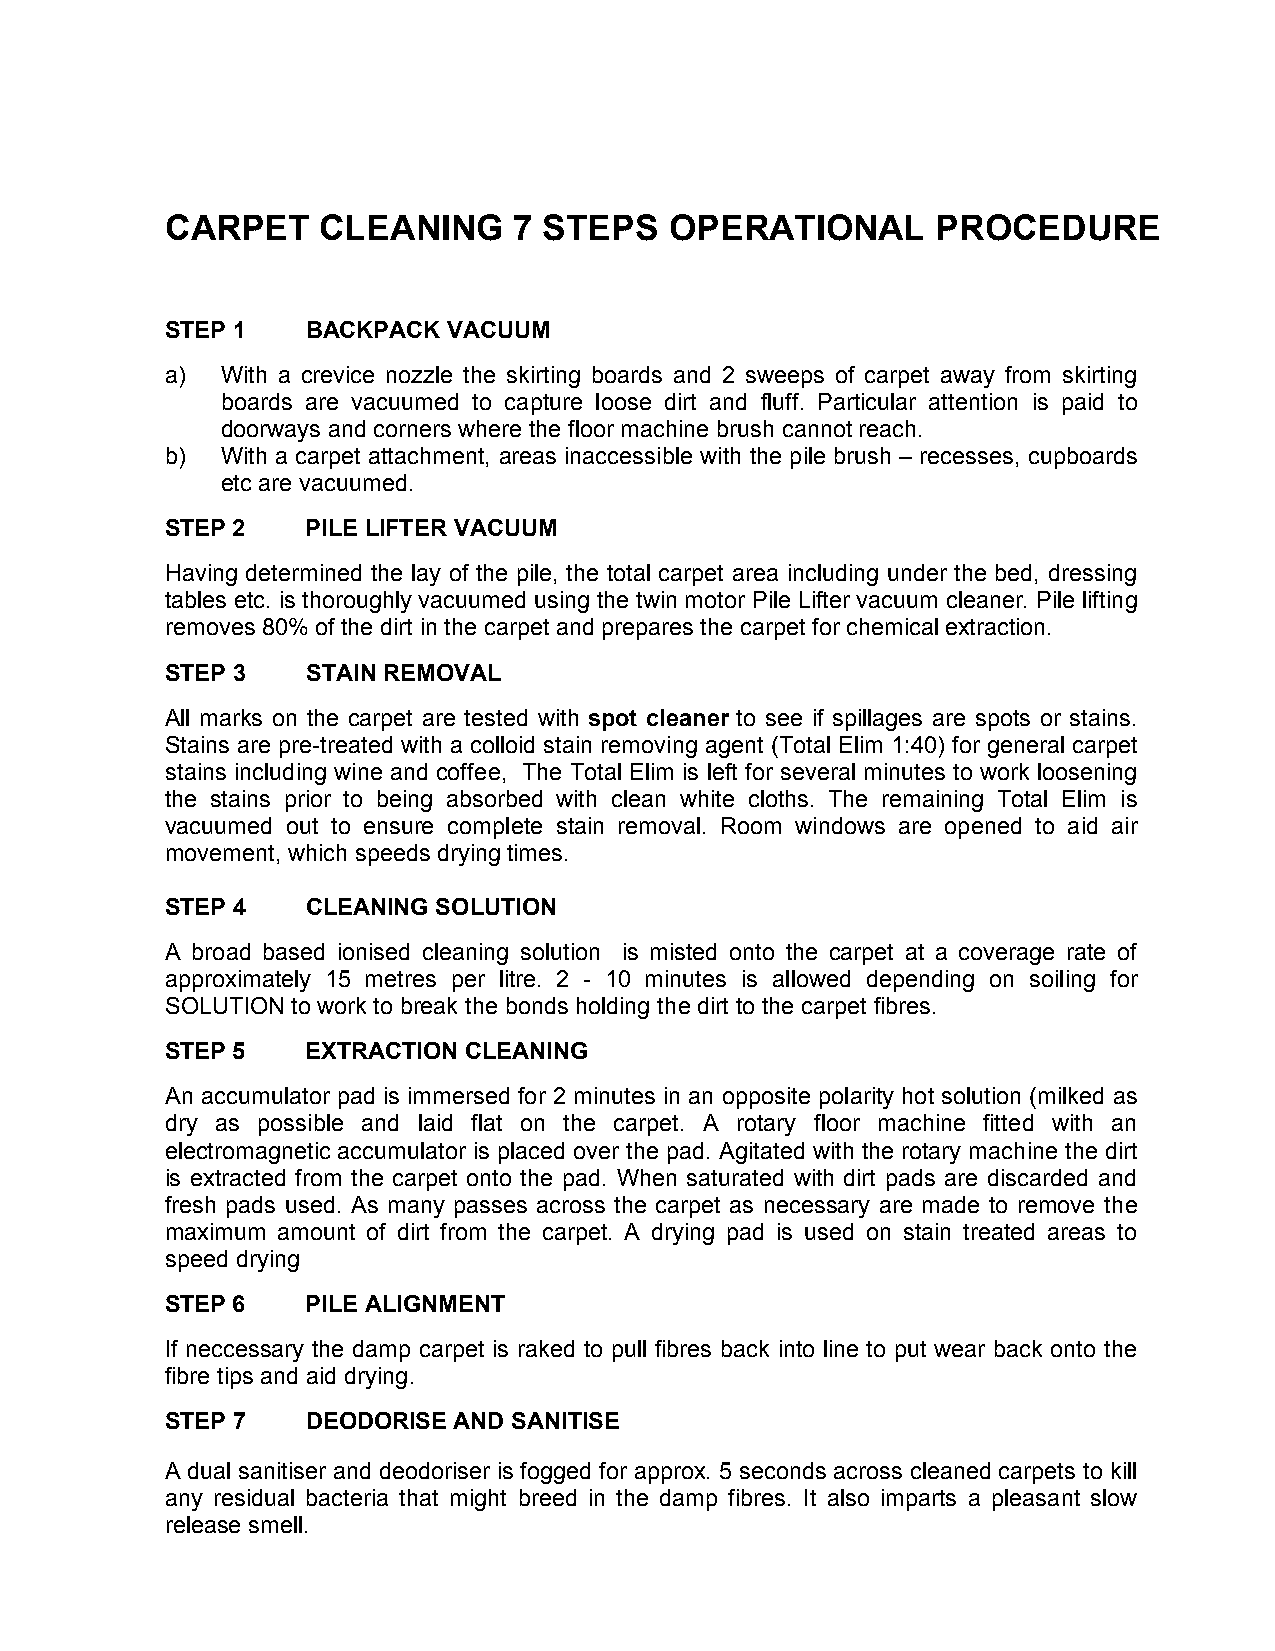
CARPET    CLEANING     7 STEPS   OPERATIONAL       PROCEDURE
 STEP 1   BACKPACK  VACUUM
 a)  With a crevice nozzle the skirting boards and 2 sweeps of carpet away from skirting
 boards are vacuumed to capture loose dirt and fluff. Particular attention is paid to
 doorways and corners where the floor machine brush cannot reach.
 b)  With a carpet attachment, areas inaccessible with the pile brush – recesses, cupboards
 etc are vacuumed.
 STEP 2   PILE LIFTER VACUUM
 Having determined the lay of the pile, the total carpet area including under the bed, dressing
 tables etc. is thoroughly vacuumed using the twin motor Pile Lifter vacuum cleaner. Pile lifting
 removes 80% of the dirt in the carpet and prepares the carpet for chemical extraction.
 STEP 3   STAIN REMOVAL
 All marks on the carpet are tested with spot cleaner to see if spillages are spots or stains.
 Stains are pre-treated with a colloid stain removing agent (Total Elim 1:40) for general carpet
 stains including wine and coffee, The Total Elim is left for several minutes to work loosening
 the stains prior to being absorbed with clean white cloths. The remaining Total Elim is
 vacuumed out to ensure complete stain removal. Room windows are opened to aid air
 movement, which speeds drying times.
 STEP 4   CLEANING SOLUTION
 A broad based ionised cleaning solution is misted onto the carpet at a coverage rate of
 approximately 15 metres per litre. 2 - 10 minutes is allowed depending on soiling for
 SOLUTION to work to break the bonds holding the dirt to the carpet fibres.
 STEP 5   EXTRACTION CLEANING
 An accumulator pad is immersed for 2 minutes in an opposite polarity hot solution (milked as
 dry as possible and laid flat on the carpet. A rotary floor machine fitted with an
 electromagnetic accumulator is placed over the pad. Agitated with the rotary machine the dirt
 is extracted from the carpet onto the pad. When saturated with dirt pads are discarded and
 fresh pads used. As many passes across the carpet as necessary are made to remove the
 maximum amount of dirt from the carpet. A drying pad is used on stain treated areas to
 speed drying
 STEP 6   PILE ALIGNMENT
 If neccessary the damp carpet is raked to pull fibres back into line to put wear back onto the
 fibre tips and aid drying.
 STEP 7   DEODORISE AND SANITISE
 A dual sanitiser and deodoriser is fogged for approx. 5 seconds across cleaned carpets to kill
 any residual bacteria that might breed in the damp fibres. It also imparts a pleasant slow
 release smell.